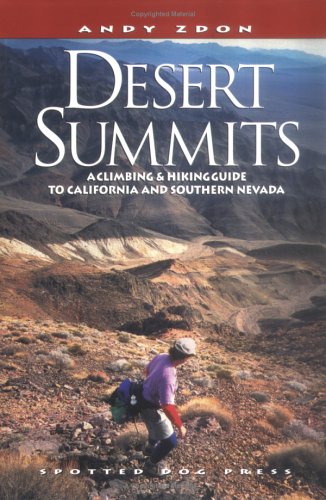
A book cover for Desert Summits: A Climbing & Hiking Guide to California and Southern Nevada (Hiking & Biking); Andy Zdon; Travel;